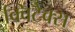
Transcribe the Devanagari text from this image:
क्विंटेक्स